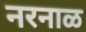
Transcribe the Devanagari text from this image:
नरनाळ